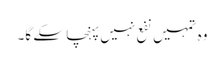
وہ تمہیں نفع نہیں پہنچا سکے گا۔